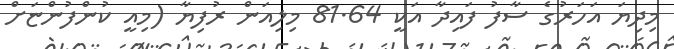
މިދިޔަ އަހަރުގެ ސާފު ފައިދާ އަކީ 81.64 މިލިއަން ރުފިޔާ (މިއީ ކުންފުންޏަށް